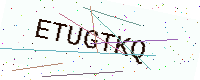
Text: ETUGTKQ